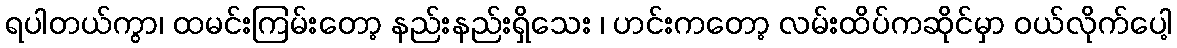
ရပါတယ်ကွာ၊ ထမင်းကြမ်းတော့ နည်းနည်းရှိသေး ၊ ဟင်းကတော့ လမ်းထိပ်ကဆိုင်မှာ ဝယ်လိုက်ပေါ့